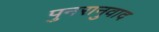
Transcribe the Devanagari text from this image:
पुनरानुवाद